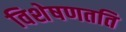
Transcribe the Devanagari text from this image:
विशेषणतति